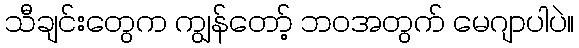
သီချင်းတွေက ကျွန်တော့် ဘဝအတွက် မေဂျာပါပဲ။